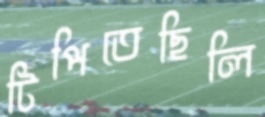
টিপিতেছিলি